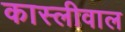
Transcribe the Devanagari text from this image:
कास्लीवाल